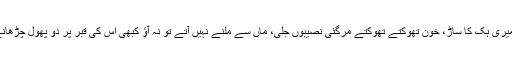
فرخی تو گئی، میری ہک کا ساڑ، خون تھوکتے تھوکتے مرگئی نصیبوں جلی، ماں سے ملنے نہیں آتے تو نہ آؤ کبھی اس کی قبر پر دو پھول چڑھانے ہی آجایا کرو۔